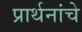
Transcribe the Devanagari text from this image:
प्रार्थनांचे